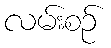
လမ်းစဉ်